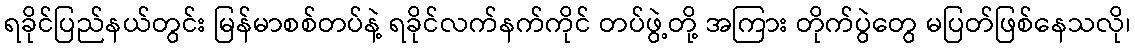
ရခိုင်ပြည်နယ်တွင်း မြန်မာစစ်တပ်နဲ့ ရခိုင်လက်နက်ကိုင် တပ်ဖွဲ့တို့ အကြား တိုက်ပွဲတွေ မပြတ်ဖြစ်နေသလို၊